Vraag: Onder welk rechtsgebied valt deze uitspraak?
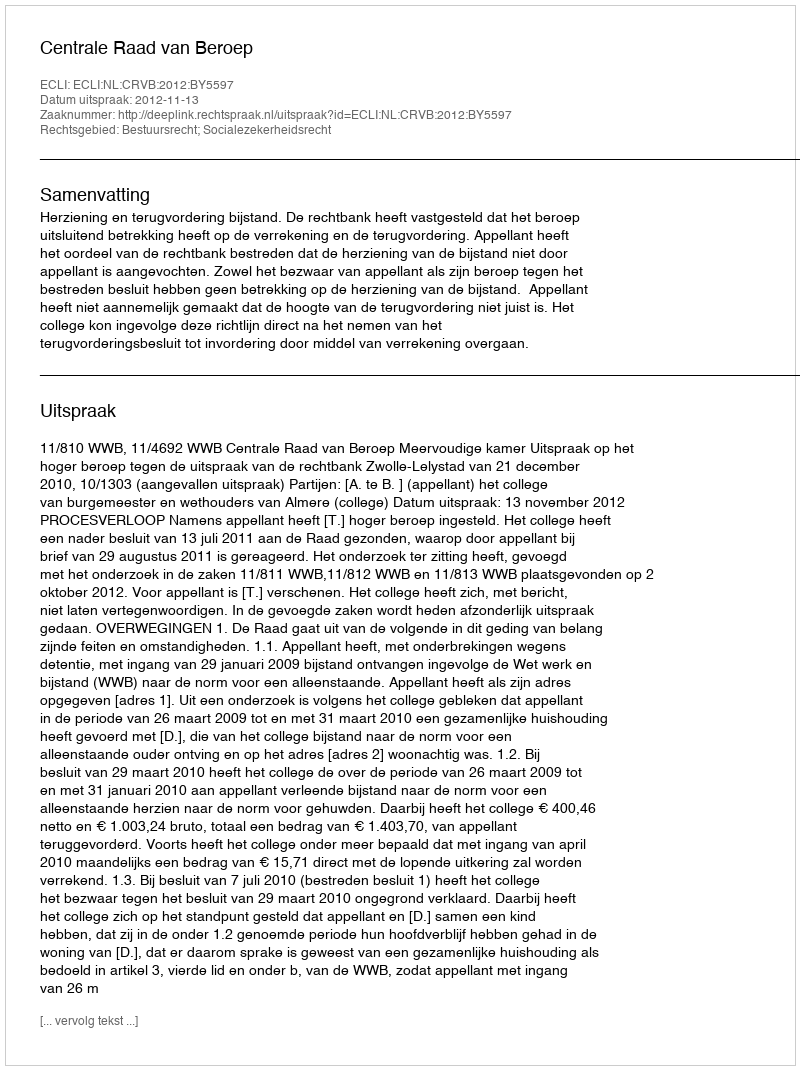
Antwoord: Bestuursrecht; Socialezekerheidsrecht